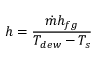
h = \frac { \dot { m } h _ { f g } } { T _ { d e w } - T _ { s } }